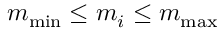
m _ { \operatorname* { m i n } } \le m _ { i } \le m _ { \operatorname* { m a x } }